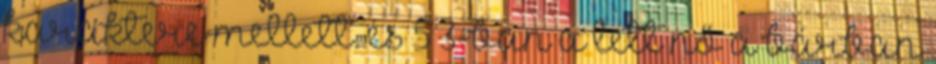
karaktere mellett. és 5×3-ban a lett nő a bárban